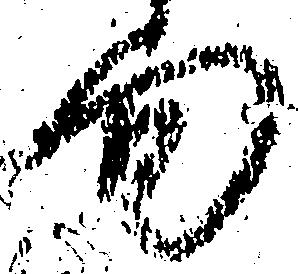
旬